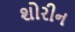
શોરીન